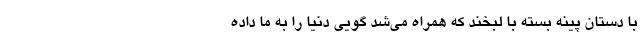
با دستان پینه بسته با لبخند که همراه می‌شد گویی دنیا را به ما داده